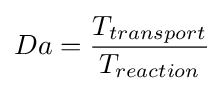
Da={\frac {T_{transport}}{T_{reaction}}}